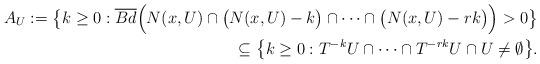
LaTeX: \begin{align*} A_U:=\big\{k\geq 0: \overline{Bd}\Big(N(x, U)\cap \big(N(x, U)-k\big)\cap\dots \cap \big(N(x, U)-rk\big)\Big)>0\big\}\\ \subseteq \big\{k\geq 0: T^{-k}U\cap \dots \cap T^{-rk}U\cap U \neq \emptyset\big\}. \end{align*}